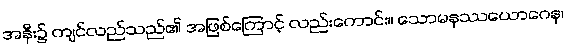
အနီး၌ ကျင်လည်သည်၏ အဖြစ်ကြောင့် လည်းကောင်း။ သောမနဿယောဂေန၊